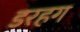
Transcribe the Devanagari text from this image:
डरहग